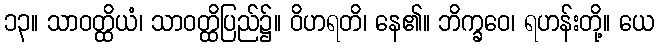
၁၃။ သာဝတ္ထိယံ၊ သာဝတ္ထိပြည်၌။ ဝိဟရတိ၊ နေ၏။ ဘိက္ခဝေ၊ ရဟန်းတို့။ ယေ